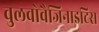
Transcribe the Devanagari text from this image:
वुलवोवैजिनाइटिस